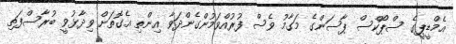
އެމްޑީޕީގެ ސްޕޯކްސް ޕާސަންގެ މަގާމު ވެސް ފުރުއްވަމުންގެންދަވާ އިންތި އެގޮތަށް ވިދާޅުވީ ބުރާސްފަތި